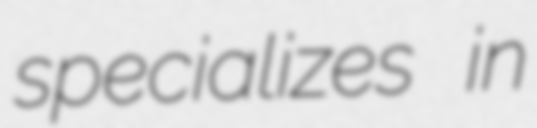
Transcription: specializes  in